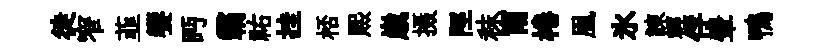
徙窄韮饗眄霸祐挂桮煕𡻕摄陘秣甯棬凰氷諫輕俘翬鴨